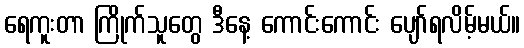
ရေကူးတာ ကြိုက်သူတွေ ဒီနေ့ ကောင်းကောင်း ပျော်ရလိမ့်မယ်။